Lunatic asylums Madras 1892-1911 - 1892-1911
Year: 1892
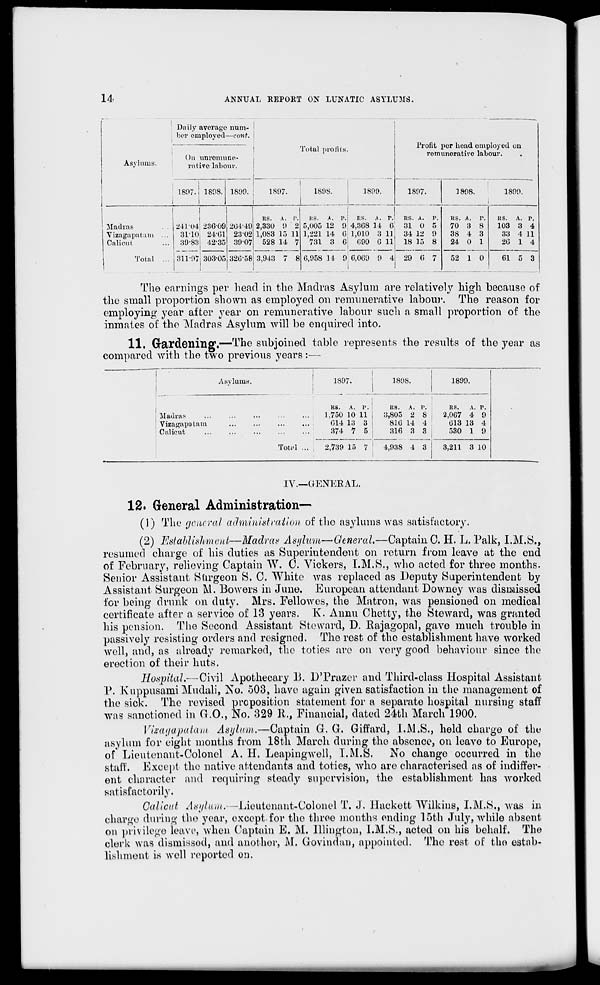
14
ANNUAL REP0KT ON LUNATIC ASYLUMS.
I Daily average num-
Asyliuiis.
her employed—con*.
On unrcmune-
rative labour.
1897. 1808. 1899. I
lHf>7.
'J'otal pi'ofits.
1898.
.1800.
Madias
Vizagajjatum
Calicut
Total
I
241*04 23G09! 264*49
3110 24-01 2302
:50-S3i 42-35 30-07
RS.
A. P.
2,330 0 2
1,088 15 11
528 14 7
311-07: 303-05! 32G-58 3.943 7 8
BS. A. P.
RS. A. T.
5,U05 12 9 4,3G8 14 6
1,221 14 Gj1,010 3 11
731 3 G GOO G 11
Profit per head employed on
remunerative labour.
lso 1 ;
1808.
1800.
G.958 14 OiG.OGO 0 4;
RS. A. p.
31 0 5
34 12 0
18 15 8
29 G 7
RS. A.
P.
70 3 8
38 4 3
24 0 1
52 1 0
RS.
A. P.
103 3 4
33 4 11
2G 1 4
Gl
The earnings per head in the Madras Asylum are relatively high because of
the small proportion shown as employed on remunerative labour. The reason for
employing year after year on remunerative labour such a small proportion of the
inmates of the Madras Asylum will be enquired into.
11. Gardening.—The subjoined table represents the results of the year as
compared with the two previous years:—
Asvlumn.
180/
1808.
1800.
Madras
Vizagapatam
Calicut
RS.
A. 1".
1,750 10 11
G14 13 3
374 7 5
RS. A. V. .
3,805 2 8 i
810 14 4
816 3 3 !
RS.
A. P.
2,0G7 4 9
G13 13 4
530 1 9
Total ... I 2,730 15 7 ' ' 4,038 4 3
3,211 3 10
IV.—GENERAL.
12. General Administration—
(1) The general administration of the asylums was satisfactory.
(2) Establishment—Madras Asylum—General.—Captain C. H. L. Palk, I.M.S.,
resumed charge of his duties as Superintendent on return from leave at the end
of February, relieving Captain W. C. Vickers, I.M.S., who acted for three months.
Senior Assistant Stirgeon S. C. White was replaced as Deputy Superintendent by
Assistant Surgeon M. Bowers in June. European attendant Downey was dismissed
for being drunk on duty. Mrs. Fellowcs, the Matron, was pensioned on medical
certificate after a service of 13 years. 1\. Annu Chetty, the Steward, was granted
his pension. The Second Assistant Steward, D. Rajagopal, gave much trouble in
passively resisting orders and resigned. The rest of the establishment have worked
well, and, as already remarked, the toties are on very good behaviour since the
erection of their huts.
Hospital,—Civil Apothecary B. D'Prazer and Third-class Hospital Assistant
P. Kuppusami Mudali, No. 503, have again given satisfaction in the management of
the sick. The revised preposition statement for a separate hospital nursing staff
was sanctioned in CO., No. 329 ](., Financial, dated 24th March 1900.
Vwagapatam Asylum,—Captain G. G. Giffard, I.M.S., held charge of the
asylum for eight months from 18th March during the absence, on leave to Europe,
of* Lieutenant-Colonel A. H. Leaping well, I.M.S. No change occurred in the
staff. Except tho native attendants and toties, who are characterised as of indiffer-
ent character and requiring steady supervision, the establishment has worked
satisfactorily.
Calicut Asylum.-■—Lieutenant-Colonel T. J, llackett WilkittS, I.M.S., was in
charge during the year, except for the throe months ending 15th July, while absent
on privilege leave, when Captain E. M. Illington, I.M.S., acted on his behalf. The
clerk was dismissed, and another, M. Govindun, appointed. The rest of the estab-
lishment is well reported on.